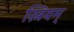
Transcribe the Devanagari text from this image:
स्त्रियम्